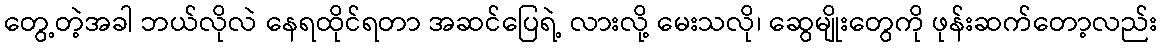
တွေ့တဲ့အခါ ဘယ်လိုလဲ နေရထိုင်ရတာ အဆင်ပြေရဲ့ လားလို့ မေးသလို၊ ဆွေမျိုးတွေကို ဖုန်းဆက်တော့လည်း